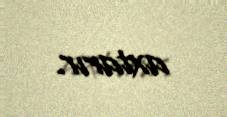
axtarır.